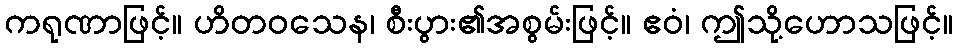
ကရုဏာဖြင့်။ ဟိတဝသေန၊ စီးပွား၏အစွမ်းဖြင့်။ ဧဝံ၊ ဤသို့ဟောသဖြင့်။